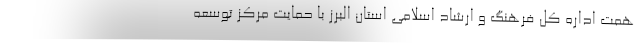
همت اداره کل فرهنگ و ارشاد اسلامی استان البرز با حمایت مرکز توسعه